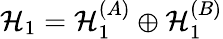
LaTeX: \mathcal{H}_{1}=\mathcal{H}_{1}^{(A)}\oplus\mathcal{H}_{1}^{(B)}